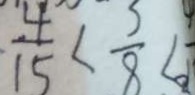
\frac { 4 } { 1 5 } < \frac { 3 } { 8 } <